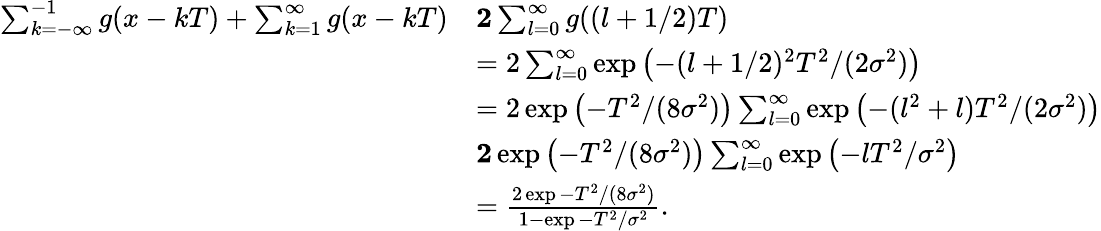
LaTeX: \begin{array}{rl}{\sum_{k=-\infty}^{-1}g(x-kT)+\sum_{k=1}^{\infty}g(x-kT)}&{\le 2\sum_{l=0}^{\infty}g((l+1/2)T)}\\ &{=2\sum_{l=0}^{\infty}\exp\left(-(l+1/2)^{2}T^{2}/(2\sigma^{2})\right)}\\ &{=2\exp\left(-T^{2}/(8\sigma^{2})\right)\sum_{l=0}^{\infty}\exp\left(-(l^{2}+l)T^{2}/(2\sigma^{2})\right)}\\ &{\le 2\exp\left(-T^{2}/(8\sigma^{2})\right)\sum_{l=0}^{\infty}\exp\left(-lT^{2}/\sigma^{2}\right)}\\ &{=\frac{2\exp{-T^{2}/(8\sigma^{2})}}{1-\exp{-T^{2}/\sigma^{2}}}.}\end{array}